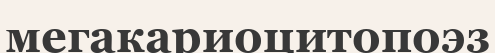
мегакариоцитопоэз